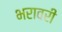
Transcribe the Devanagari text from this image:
भरावरी